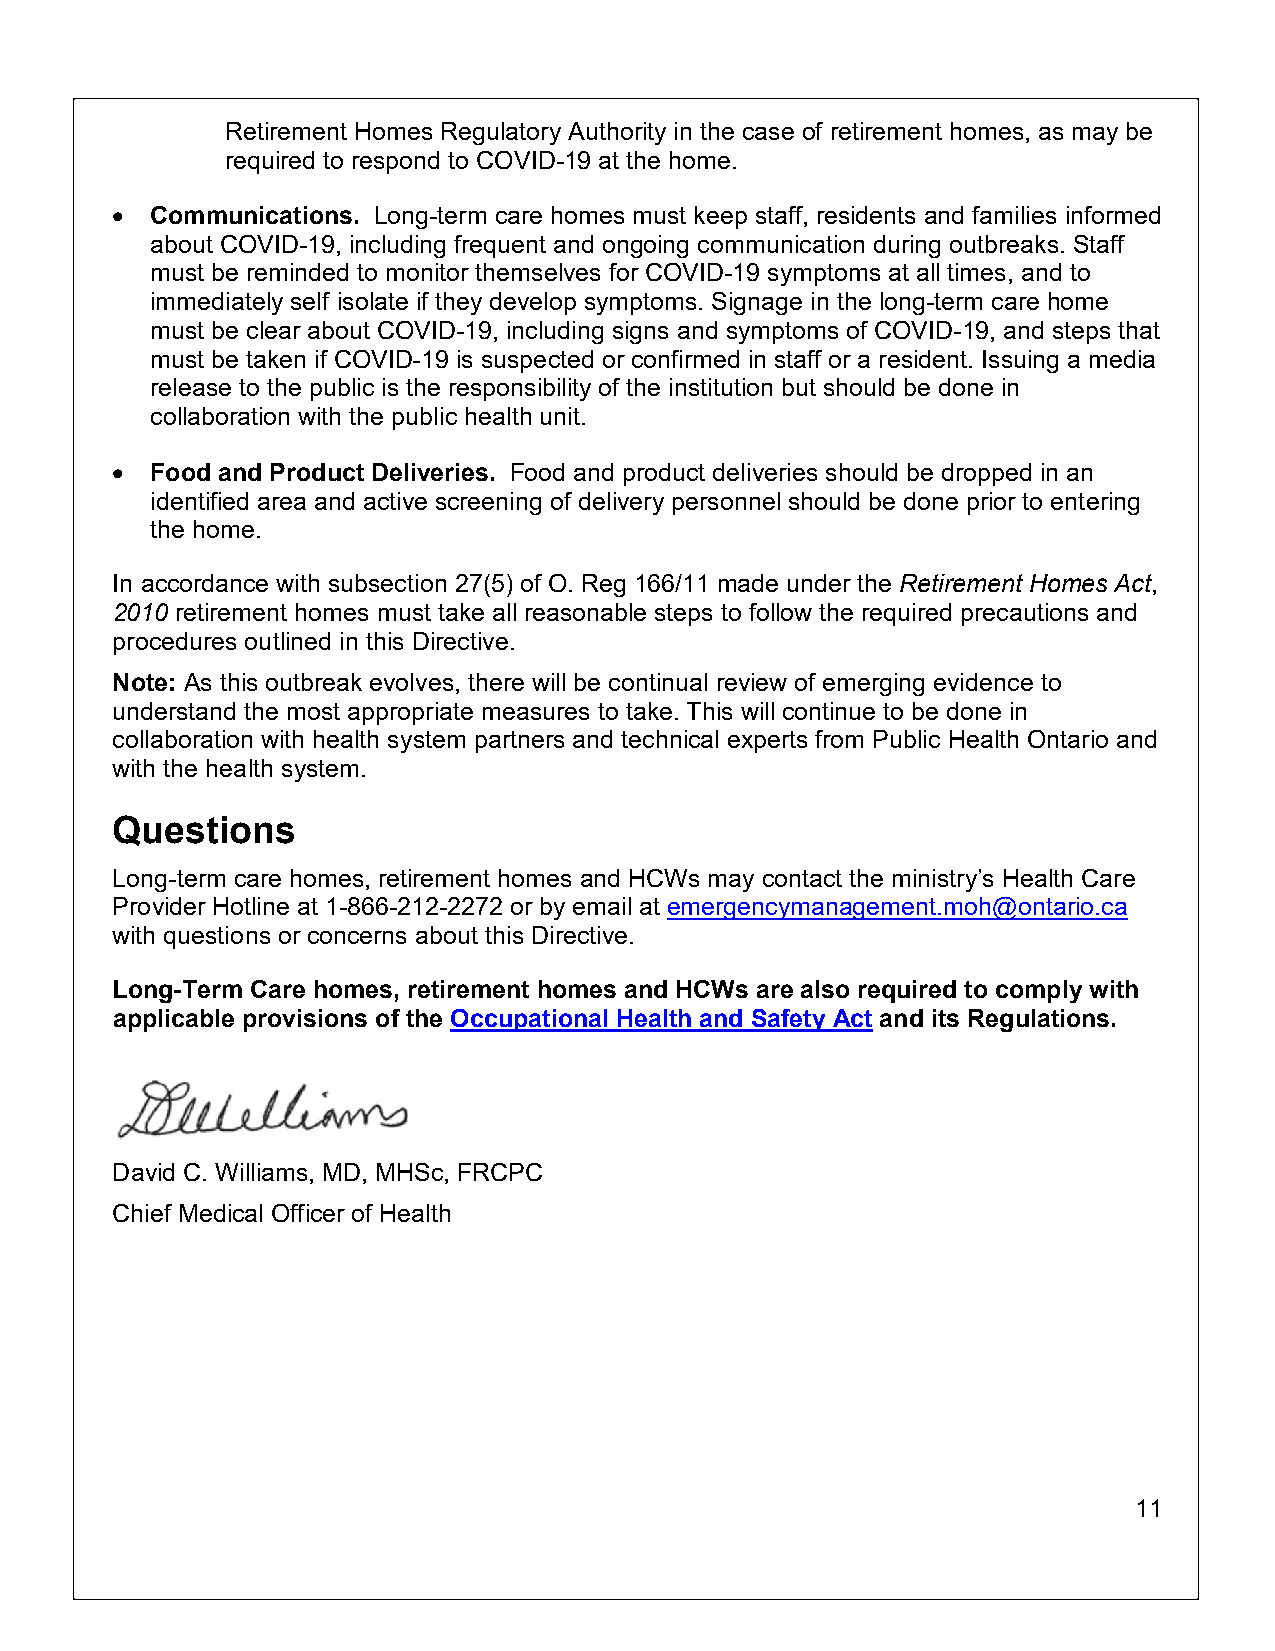
Retirement Homes Regulatory Authority in the case of retirement homes, as may be
 required to respond to COVID-19 at the home.
 •  Communications. Long-term care homes must keep staff, residents and families informed
 about COVID-19, including frequent and ongoing communication during outbreaks. Staff
 must be reminded to monitor themselves for COVID-19 symptoms at all times, and to
 immediately self isolate if they develop symptoms. Signage in the long-term care home
 must be clear about COVID-19, including signs and symptoms of COVID-19, and steps that
 must be taken if COVID-19 is suspected or confirmed in staff or a resident. Issuing a media
 release to the public is the responsibility of the institution but should be done in
 collaboration with the public health unit.
 •  Food and Product Deliveries. Food and product deliveries should be dropped in an
 identified area and active screening of delivery personnel should be done prior to entering
 the home.
 In accordance with subsection 27(5) of O. Reg 166/11 made under the Retirement Homes Act,
 2010 retirement homes must take all reasonable steps to follow the required precautions and
 procedures outlined in this Directive.
 Note: As this outbreak evolves, there will be continual review of emerging evidence to
 understand the most appropriate measures to take. This will continue to be done in
 collaboration with health system partners and technical experts from Public Health Ontario and
 with the health system.
 Questions
 Long-term care homes, retirement homes and HCWs may contact the ministry’s Health Care
 Provider Hotline at 1-866-212-2272 or by email at emergencymanagement.moh@ontario.ca
 with questions or concerns about this Directive.
 Long-Term Care homes, retirement homes and HCWs are also required to comply with
 applicable provisions of the Occupational Health and Safety Act and its Regulations.
 David C. Williams, MD, MHSc, FRCPC
 Chief Medical Officer of Health
 11